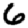
Digit: 6